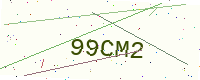
Text: 99CM2